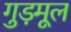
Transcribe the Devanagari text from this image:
गुड़मूल